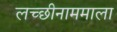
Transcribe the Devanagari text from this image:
लच्छीनाममाला